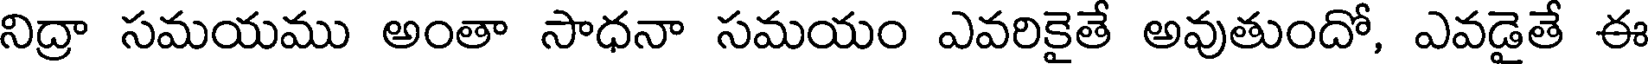
నిద్రా సమయము అంతా సాధనా సమయం ఎవరికైతే అవుతుందో, ఎవడైతే ఈ